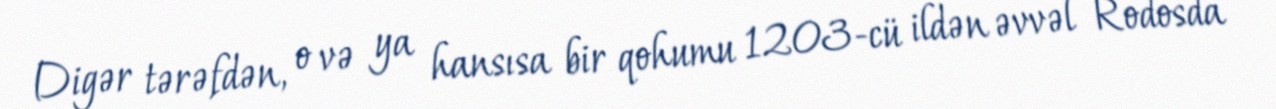
Digər tərəfdən, o və ya hansısa bir qohumu 1203-cü ildən əvvəl Rodosda